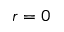
r = 0